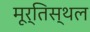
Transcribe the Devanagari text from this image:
मूर्तिस्थल